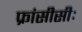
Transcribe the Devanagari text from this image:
फ्रांसीसीः